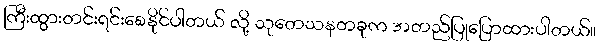
ကြီးထွားတင်းရင်းစေနိုင်ပါတယ် လို့ သုတေသနတခုက အတည်ပြုပြောထားပါတယ်။